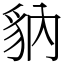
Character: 豽